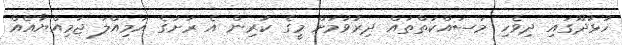
ހުޅުދޫގައި ދިވެހި މަސައްކަތްތައް ދިރުވުމަށް މީގެ ކުރިން އެ ރަށުގެ އަމިއްލަ ޖަމިއްޔާއެއް